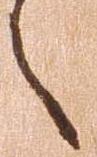
之